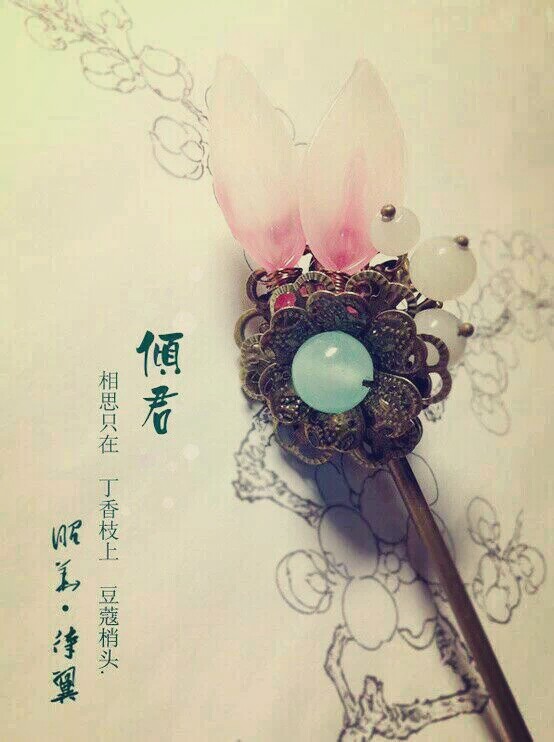
相思只在，丁香枝上，豆蔻梢头。